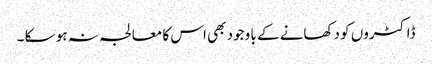
ڈاکٹروں کو دکھانے کے با وجود بھی اس کا معالجہ نہ ہو سکا ۔